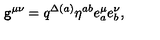
{ \tt g } ^ { \mu \nu } = q ^ { \Delta ( a ) } \eta ^ { a b } e _ { a } ^ { \mu } e _ { b } ^ { \nu } ,